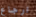
ارجاع